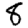
Digit: 8